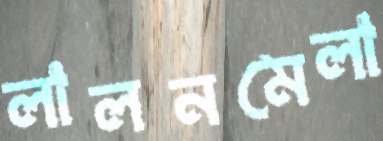
লালনমেলা